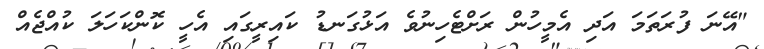
"އޭނަ ފުރަތަމަ އަދި އެމީހުން ރަށްޓެހިނުވެ އަޅުގަނޑު ކައިރީގައި އެހީ ކޮންކަހަލަ ކުއްޖެއް